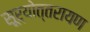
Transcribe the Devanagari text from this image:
सूर्योत्तरायण